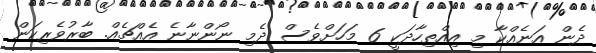
ދެން އަނެއްކާ މި އިއްތިހާދަކީ 6 މަހަށްވެސް ދެމި ނޯންނާނެ އެއްޗެއް. ބާރުވެރިކަން